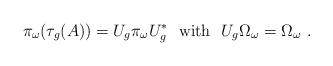
LaTeX: \begin{align*}\pi_{\omega}(\tau_{g}(A))= U_{g} \pi_{\omega} U_{g}^{\ast} \ \mbox{ with } \ U_{g}\Omega_{\omega}=\Omega_{\omega} \ .\end{align*}